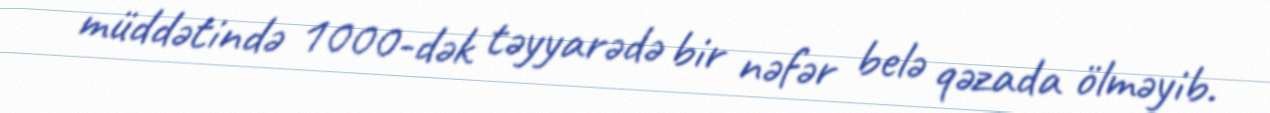
müddətində 1000-dək təyyarədə bir nəfər belə qəzada ölməyib.